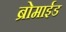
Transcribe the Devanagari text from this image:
ब्रोमाईड